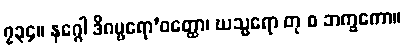
၇၃၄။ နဂ္ဂေါ ဒိဂမ္ဗရော’ဝတ္ထော၊ ဃသ္မရော တု စ ဘက္ခကော။